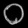
Digit: ၀